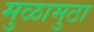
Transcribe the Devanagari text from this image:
मुळामुठा